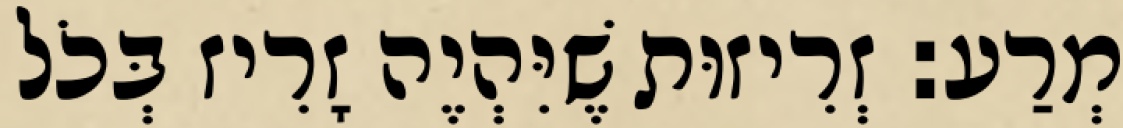
מְרַע: זְרִיזוּת שֶׁיִּהְיֶה זָרִיז בְּכֹל